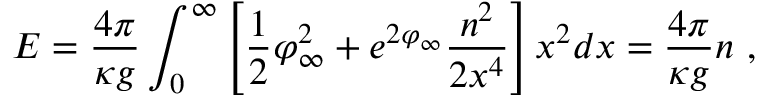
E = \frac { 4 \pi } { \kappa g } \int _ { 0 } ^ { \infty } \left[ \frac { 1 } { 2 } \varphi _ { \infty } ^ { 2 } + e ^ { 2 \varphi _ { \infty } } \frac { n ^ { 2 } } { 2 x ^ { 4 } } \right] x ^ { 2 } d x = \frac { 4 \pi } { \kappa g } n \ ,